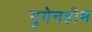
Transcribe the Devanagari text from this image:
गुगेनहीम